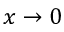
x \to 0